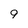
Character: 9